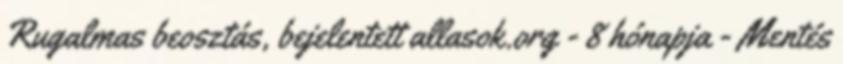
Rugalmas beosztás, bejelentett allasok.org - 8 hónapja - Mentés